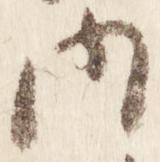
内